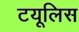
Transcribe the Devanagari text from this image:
टयूलिस